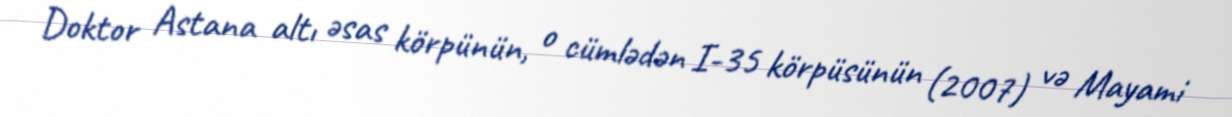
Doktor Astana altı əsas körpünün, o cümlədən I-35 körpüsünün (2007) və Mayami